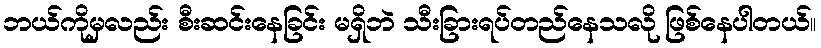
ဘယ်ကိုမှလည်း စီးဆင်းနေခြင်း မရှိဘဲ သီးခြားရပ်တည်နေသလို ဖြစ်နေပါတယ်။